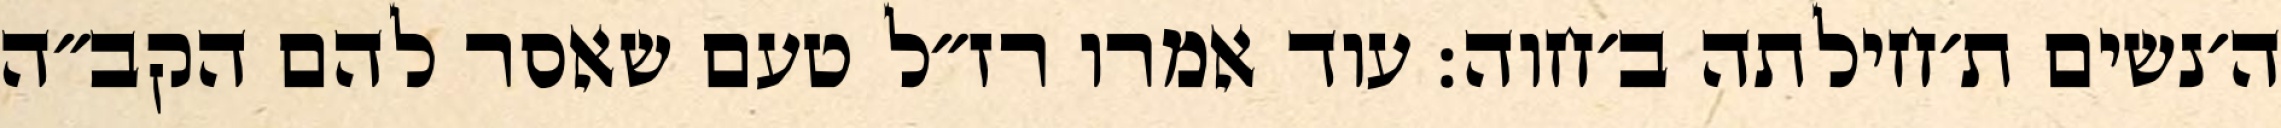
ה׳נשים ת׳חילתה ב׳חוה: עוד אמרו רז״ל טעם שאסר להם הקב״ה